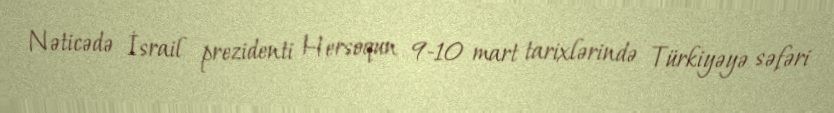
Nəticədə İsrail prezidenti Hersoqun 9-10 mart tarixlərində Türkiyəyə səfəri